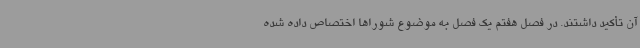
آن تأکید داشتند. در فصل هفتم یک فصل به موضوع شوراها اختصاص داده شده